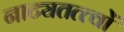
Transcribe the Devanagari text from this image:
नाट्यतत्त्वों